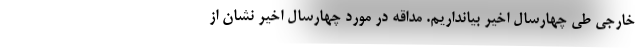
خارجی طی چهارسال اخیر بیانداریم. مداقه در مورد چهارسال اخیر نشان از